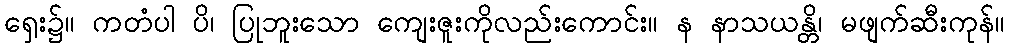
ရှေး၌။ ကတံပါ ပိ၊ ပြုဘူးသော ကျေးဇူးကိုလည်းကောင်း။ န နာသယန္တိ၊ မဖျက်ဆီးကုန်။